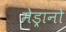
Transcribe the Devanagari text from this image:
मेड्रानो